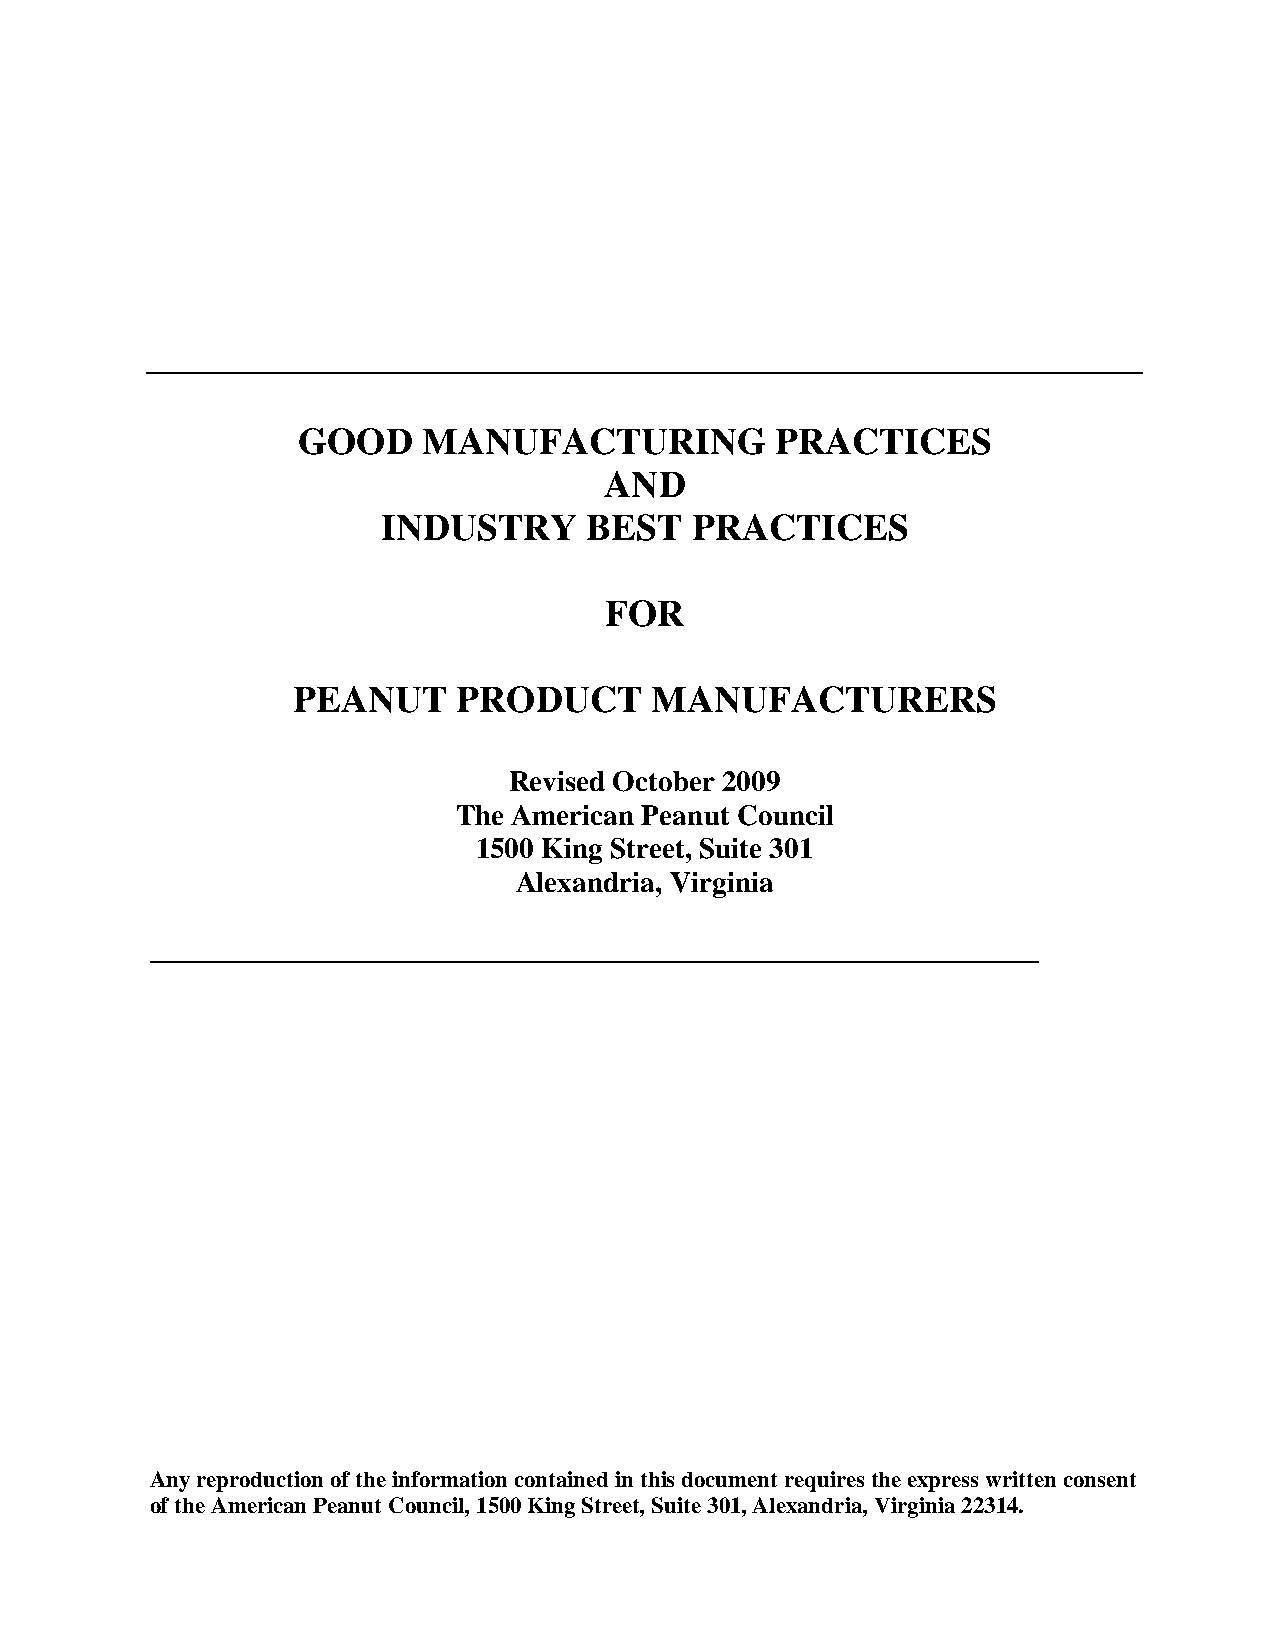
GOOD    MANUFACTURING          PRACTICES
 AND
 INDUSTRY      BEST   PRACTICES
 FOR
 PEANUT     PRODUCT      MANUFACTURERS
 Revised October 2009
 The American Peanut Council
 1500 King Street, Suite 301
 Alexandria, Virginia
 _____________________________________________________________
 Any reproduction of the information contained in this document requires the express written consent
 of the American Peanut Council, 1500 King Street, Suite 301, Alexandria, Virginia 22314.